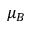
\mu _ { B }